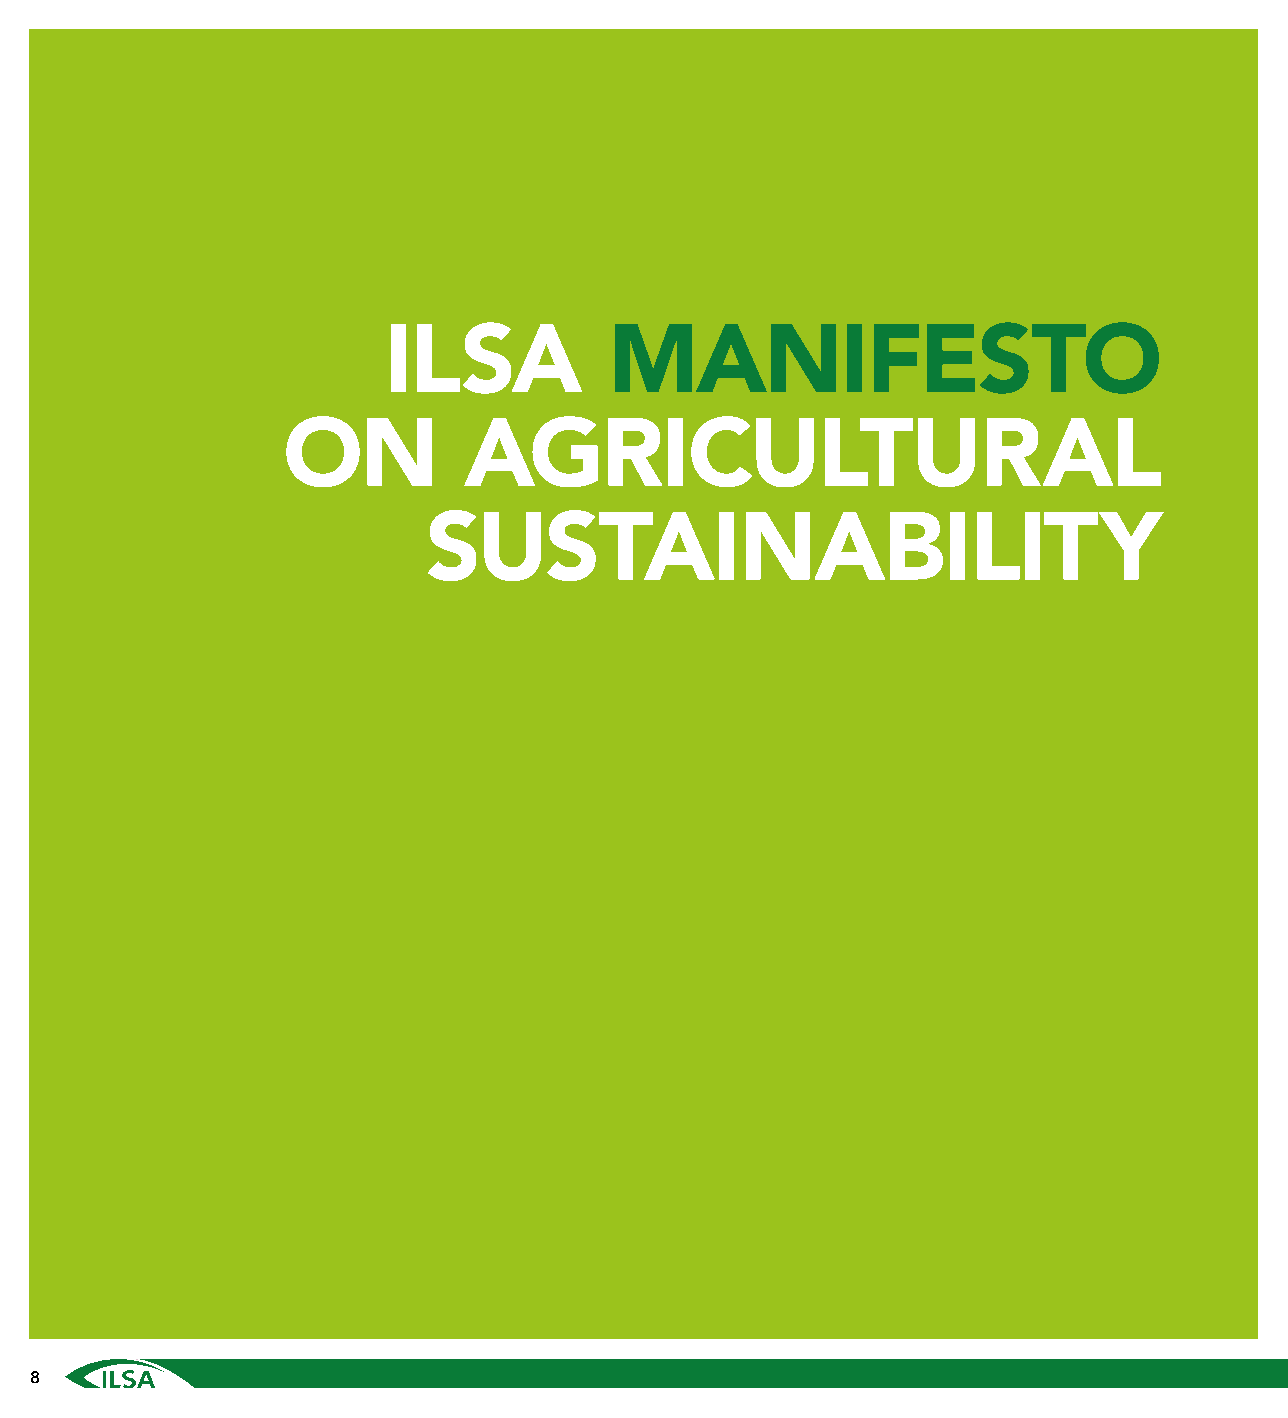
ILSA           MANIFESTO
 ON          AGRICULTURAL
 SUSTAINABILITY
 8